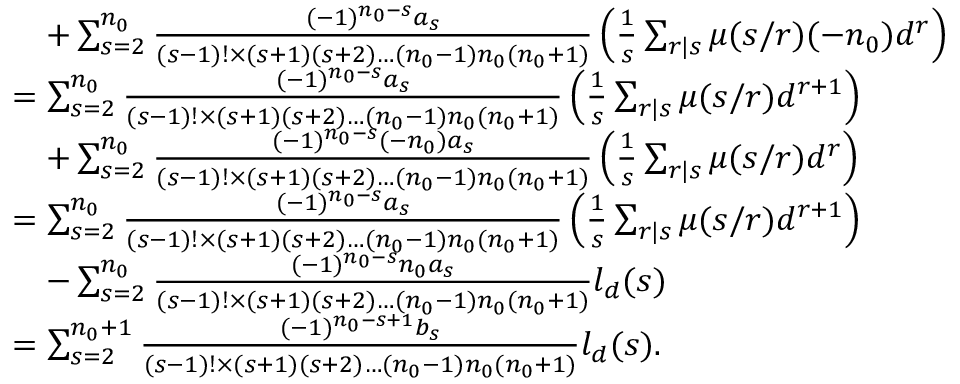
\begin{array} { r l } & { \quad + \sum _ { s = 2 } ^ { n _ { 0 } } \frac { ( - 1 ) ^ { n _ { 0 } - s } a _ { s } } { ( s - 1 ) ! \times ( s + 1 ) ( s + 2 ) \dots ( n _ { 0 } - 1 ) n _ { 0 } ( n _ { 0 } + 1 ) } \left( \frac { 1 } { s } \sum _ { r | s } \mu ( s / r ) ( - n _ { 0 } ) d ^ { r } \right) } \\ & { = \sum _ { s = 2 } ^ { n _ { 0 } } \frac { ( - 1 ) ^ { n _ { 0 } - s } a _ { s } } { ( s - 1 ) ! \times ( s + 1 ) ( s + 2 ) \dots ( n _ { 0 } - 1 ) n _ { 0 } ( n _ { 0 } + 1 ) } \left( \frac { 1 } { s } \sum _ { r | s } \mu ( s / r ) d ^ { r + 1 } \right) } \\ & { \quad + \sum _ { s = 2 } ^ { n _ { 0 } } \frac { ( - 1 ) ^ { n _ { 0 } - s } ( - n _ { 0 } ) a _ { s } } { ( s - 1 ) ! \times ( s + 1 ) ( s + 2 ) \dots ( n _ { 0 } - 1 ) n _ { 0 } ( n _ { 0 } + 1 ) } \left( \frac { 1 } { s } \sum _ { r | s } \mu ( s / r ) d ^ { r } \right) } \\ & { = \sum _ { s = 2 } ^ { n _ { 0 } } \frac { ( - 1 ) ^ { n _ { 0 } - s } a _ { s } } { ( s - 1 ) ! \times ( s + 1 ) ( s + 2 ) \dots ( n _ { 0 } - 1 ) n _ { 0 } ( n _ { 0 } + 1 ) } \left( \frac { 1 } { s } \sum _ { r | s } \mu ( s / r ) d ^ { r + 1 } \right) } \\ & { \quad - \sum _ { s = 2 } ^ { n _ { 0 } } \frac { ( - 1 ) ^ { n _ { 0 } - s } n _ { 0 } a _ { s } } { ( s - 1 ) ! \times ( s + 1 ) ( s + 2 ) \dots ( n _ { 0 } - 1 ) n _ { 0 } ( n _ { 0 } + 1 ) } l _ { d } ( s ) } \\ & { = \sum _ { s = 2 } ^ { n _ { 0 } + 1 } \frac { ( - 1 ) ^ { n _ { 0 } - s + 1 } b _ { s } } { ( s - 1 ) ! \times ( s + 1 ) ( s + 2 ) \dots ( n _ { 0 } - 1 ) n _ { 0 } ( n _ { 0 } + 1 ) } l _ { d } ( s ) . } \end{array}